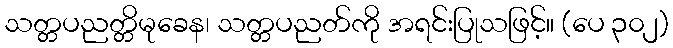
သတ္တပညတ္တိမုခေန၊ သတ္တပညတ်ကို အရင်းပြုသဖြင့်။ (ပေ ၃၀၂)